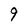
Character: 9